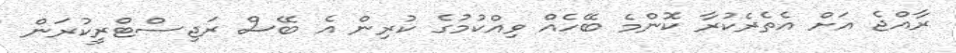
ރާއްޖެ އަށް އެތެރެކުރާ ކޮންމެ ބޭހެއް ވިއްކުމުގެ ކުރިން އެ ބޭސް ރަޖިސްޓްރީކުރަން